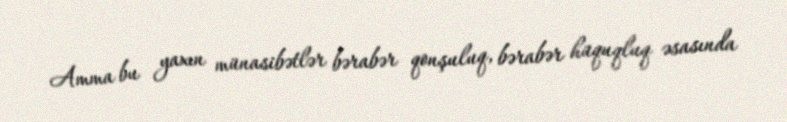
Amma bu yaxın münasibətlər bərabər qonşuluq, bərabər hüquqluq əsasında